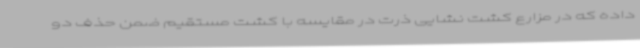
داده که در مزارع کشت نشایی ذرت در مقایسه با کشت مستقیم ضمن حذف دو